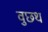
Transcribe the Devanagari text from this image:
वुछथ